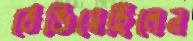
ঠেঙিয়েছিলেন